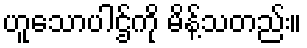
ဟူသောပါဌ်ကို မိန့်သတည်း။